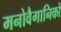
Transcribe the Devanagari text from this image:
मनोवैगानिकों